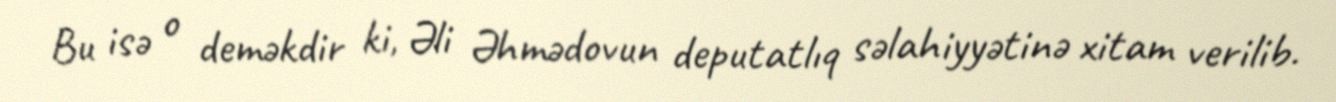
Bu isə o deməkdir ki, Əli Əhmədovun deputatlıq səlahiyyətinə xitam verilib.